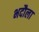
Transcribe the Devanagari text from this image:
भदौला